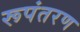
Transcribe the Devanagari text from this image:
रूपंतरण